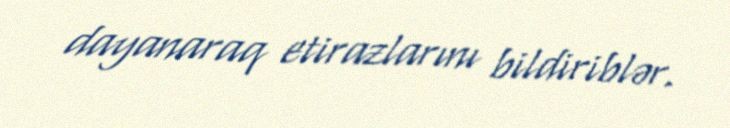
dayanaraq etirazlarını bildiriblər.